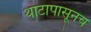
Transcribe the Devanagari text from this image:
थाटापासूनच